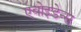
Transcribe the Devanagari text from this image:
एवोइडेन्स